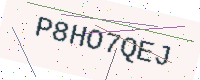
Text: P8HO7QEJ